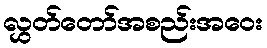
လွှတ်တော်အစည်းအဝေး